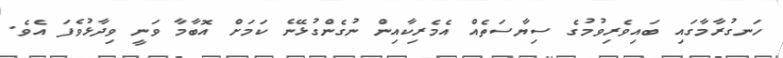
ހަނގުރާމާގައި ބައިވެރިވުމުގެ ސިޔާސަތެއް އެމެރިކާއިން ނުގެންގުޅޭނެ ކަމަށް އޮބާމާ ވަނީ ވިދާޅުވެފަ އެވެ.